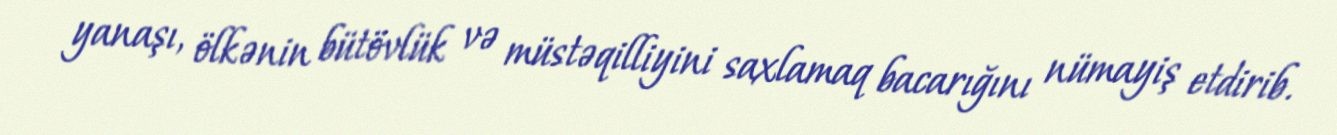
yanaşı, ölkənin bütövlük və müstəqilliyini saxlamaq bacarığını nümayiş etdirib.